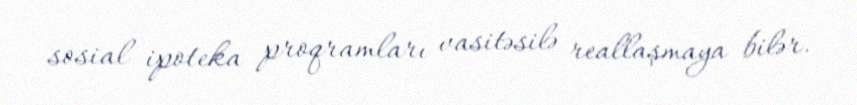
sosial ipoteka proqramları vasitəsilə reallaşmaya bilər.